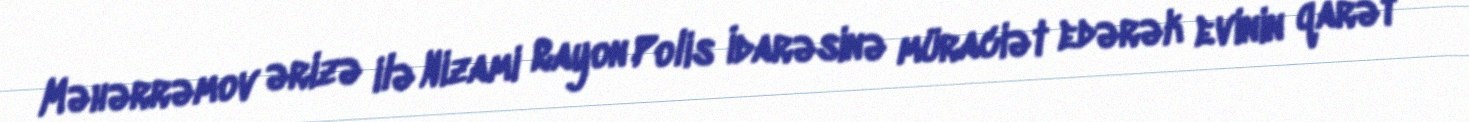
Məhərrəmov ərizə ilə Nizami Rayon Polis İdarəsinə müraciət edərək evinin qarət